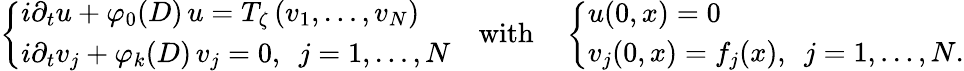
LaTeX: \left\{ \begin{array}{l}{i\partial_{t}u+\varphi_{0}(D)\, u=T_{\zeta}\left(v_{1},\dots,v_{N}\right)}\\ {i\partial_{t}v_{j}+\varphi_{k}(D)\, v_{j}=0,\, \, \, j=1,\dots,N}\end{array}\right.\quad\mathrm{with}\quad\left\{ \begin{array}{l}{u(0,x)=0}\\ {v_{j}(0,x)=f_{j}(x),\, \, \, j=1,\dots,N.}\end{array}\right.